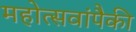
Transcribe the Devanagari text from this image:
महोत्सवांपैकी